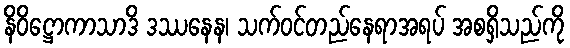
နိဝိဋ္ဌောကာသာဒိ ဒဿနေန၊ သက်ဝင်တည်နေရာအရပ် အစရှိသည်ကို